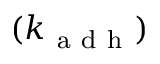
( k _ { \mathrm { ~ a ~ d ~ h ~ } } )